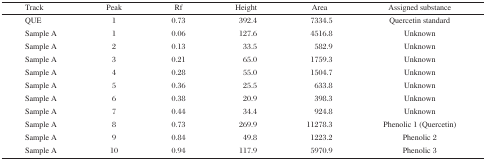
<table><thead><tr><td><b>Track</b></td><td><b>Peak</b></td><td><b>Rf</b></td><td><b>Height</b></td><td><b>Area</b></td><td><b>Assigned substance</b></td></tr></thead><tbody><tr><td>QUE</td><td>1</td><td>0.73</td><td>392.4</td><td>7334.5</td><td>Quercetin standard</td></tr><tr><td>Sample A</td><td>1</td><td>0.06</td><td>127.6</td><td>4516.8</td><td>Unknown</td></tr><tr><td>Sample A</td><td>2</td><td>0.13</td><td>33.5</td><td>582.9</td><td>Unknown</td></tr><tr><td>Sample A</td><td>3</td><td>0.21</td><td>65.0</td><td>1759.3</td><td>Unknown</td></tr><tr><td>Sample A</td><td>4</td><td>0.28</td><td>55.0</td><td>1504.7</td><td>Unknown</td></tr><tr><td>Sample A</td><td>5</td><td>0.36</td><td>25.5</td><td>633.8</td><td>Unknown</td></tr><tr><td>Sample A</td><td>6</td><td>0.38</td><td>20.9</td><td>398.3</td><td>Unknown</td></tr><tr><td>Sample A</td><td>7</td><td>0.44</td><td>34.4</td><td>924.8</td><td>Unknown</td></tr><tr><td>Sample A</td><td>8</td><td>0.73</td><td>269.9</td><td>11278.3</td><td>Phenolic 1 (Quercetin)</td></tr><tr><td>Sample A</td><td>9</td><td>0.84</td><td>49.8</td><td>1223.2</td><td>Phenolic 2</td></tr><tr><td>Sample A</td><td>10</td><td>0.94</td><td>117.9</td><td>5970.9</td><td>Phenolic 3</td></tr></tbody></table>